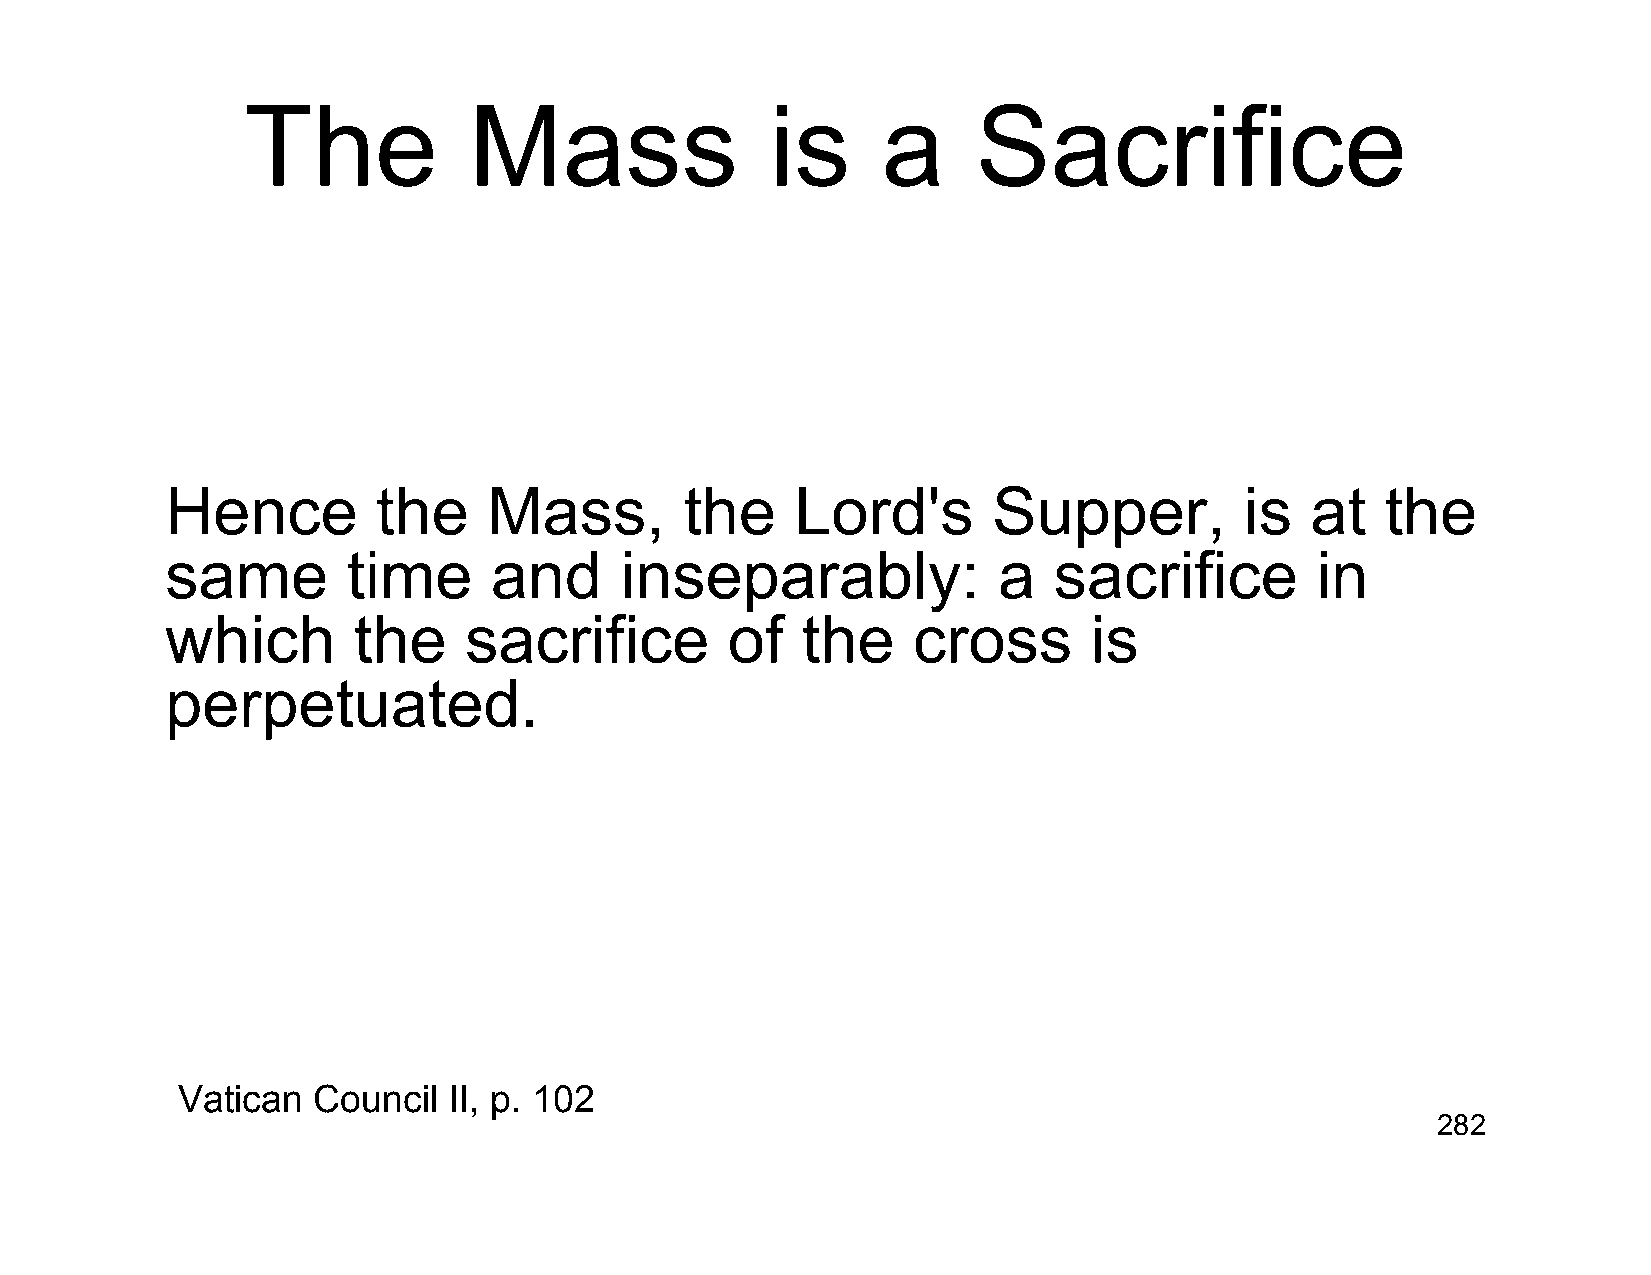
The            Mass                is     a      Sacrifice
 Hence         the    Mass,        the     Lord's       Supper,         is   at   the
 same        time     and      inseparably:             a   sacrifice        in
 which       the     sacrifice        of   the    cross       is
 perpetuated.
 Vatican  Council  II, p. 102
 282